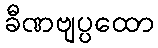
ခီဏဗျပ္ပထော